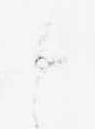
候